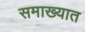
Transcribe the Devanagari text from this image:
समाख्यात